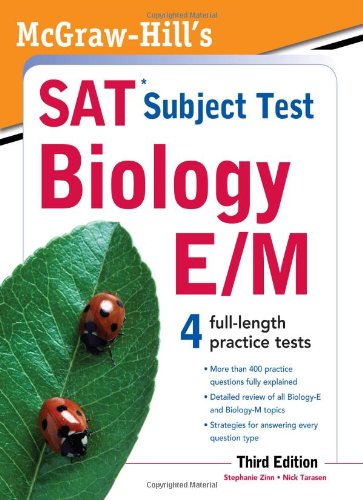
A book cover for McGraw-Hill's SAT Subject Test Biology E/M, 3rd Edition (Sat Subject Tests); Stephanie Zinn; Test Preparation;